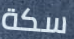
سكة